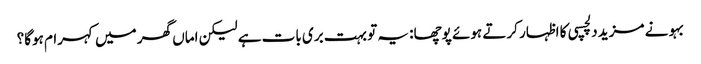
بہو نے مزید دلچسپی کا اظہار کرتے ہوئے پوچھا: یہ تو بہت بری بات ہے لیکن اماں گھر میں کہرام ہوگا؟